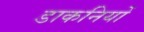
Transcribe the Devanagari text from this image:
डाकनियों